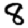
Digit: 8